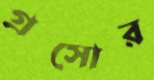
গ্রসোর